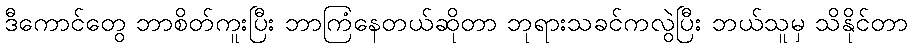
ဒီကောင်တွေ ဘာစိတ်ကူးပြီး ဘာကြံနေတယ်ဆိုတာ ဘုရားသခင်ကလွဲပြီး ဘယ်သူမှ သိနိုင်တာ